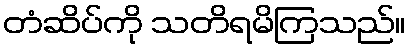
တံဆိပ်ကို သတိရမိကြသည်။